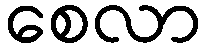
စေလာ